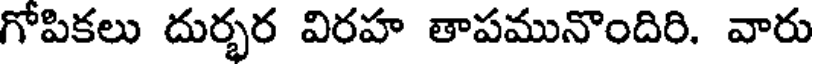
గోపికలు దుర్భర విరహ తాపమునొందిరి. వారు